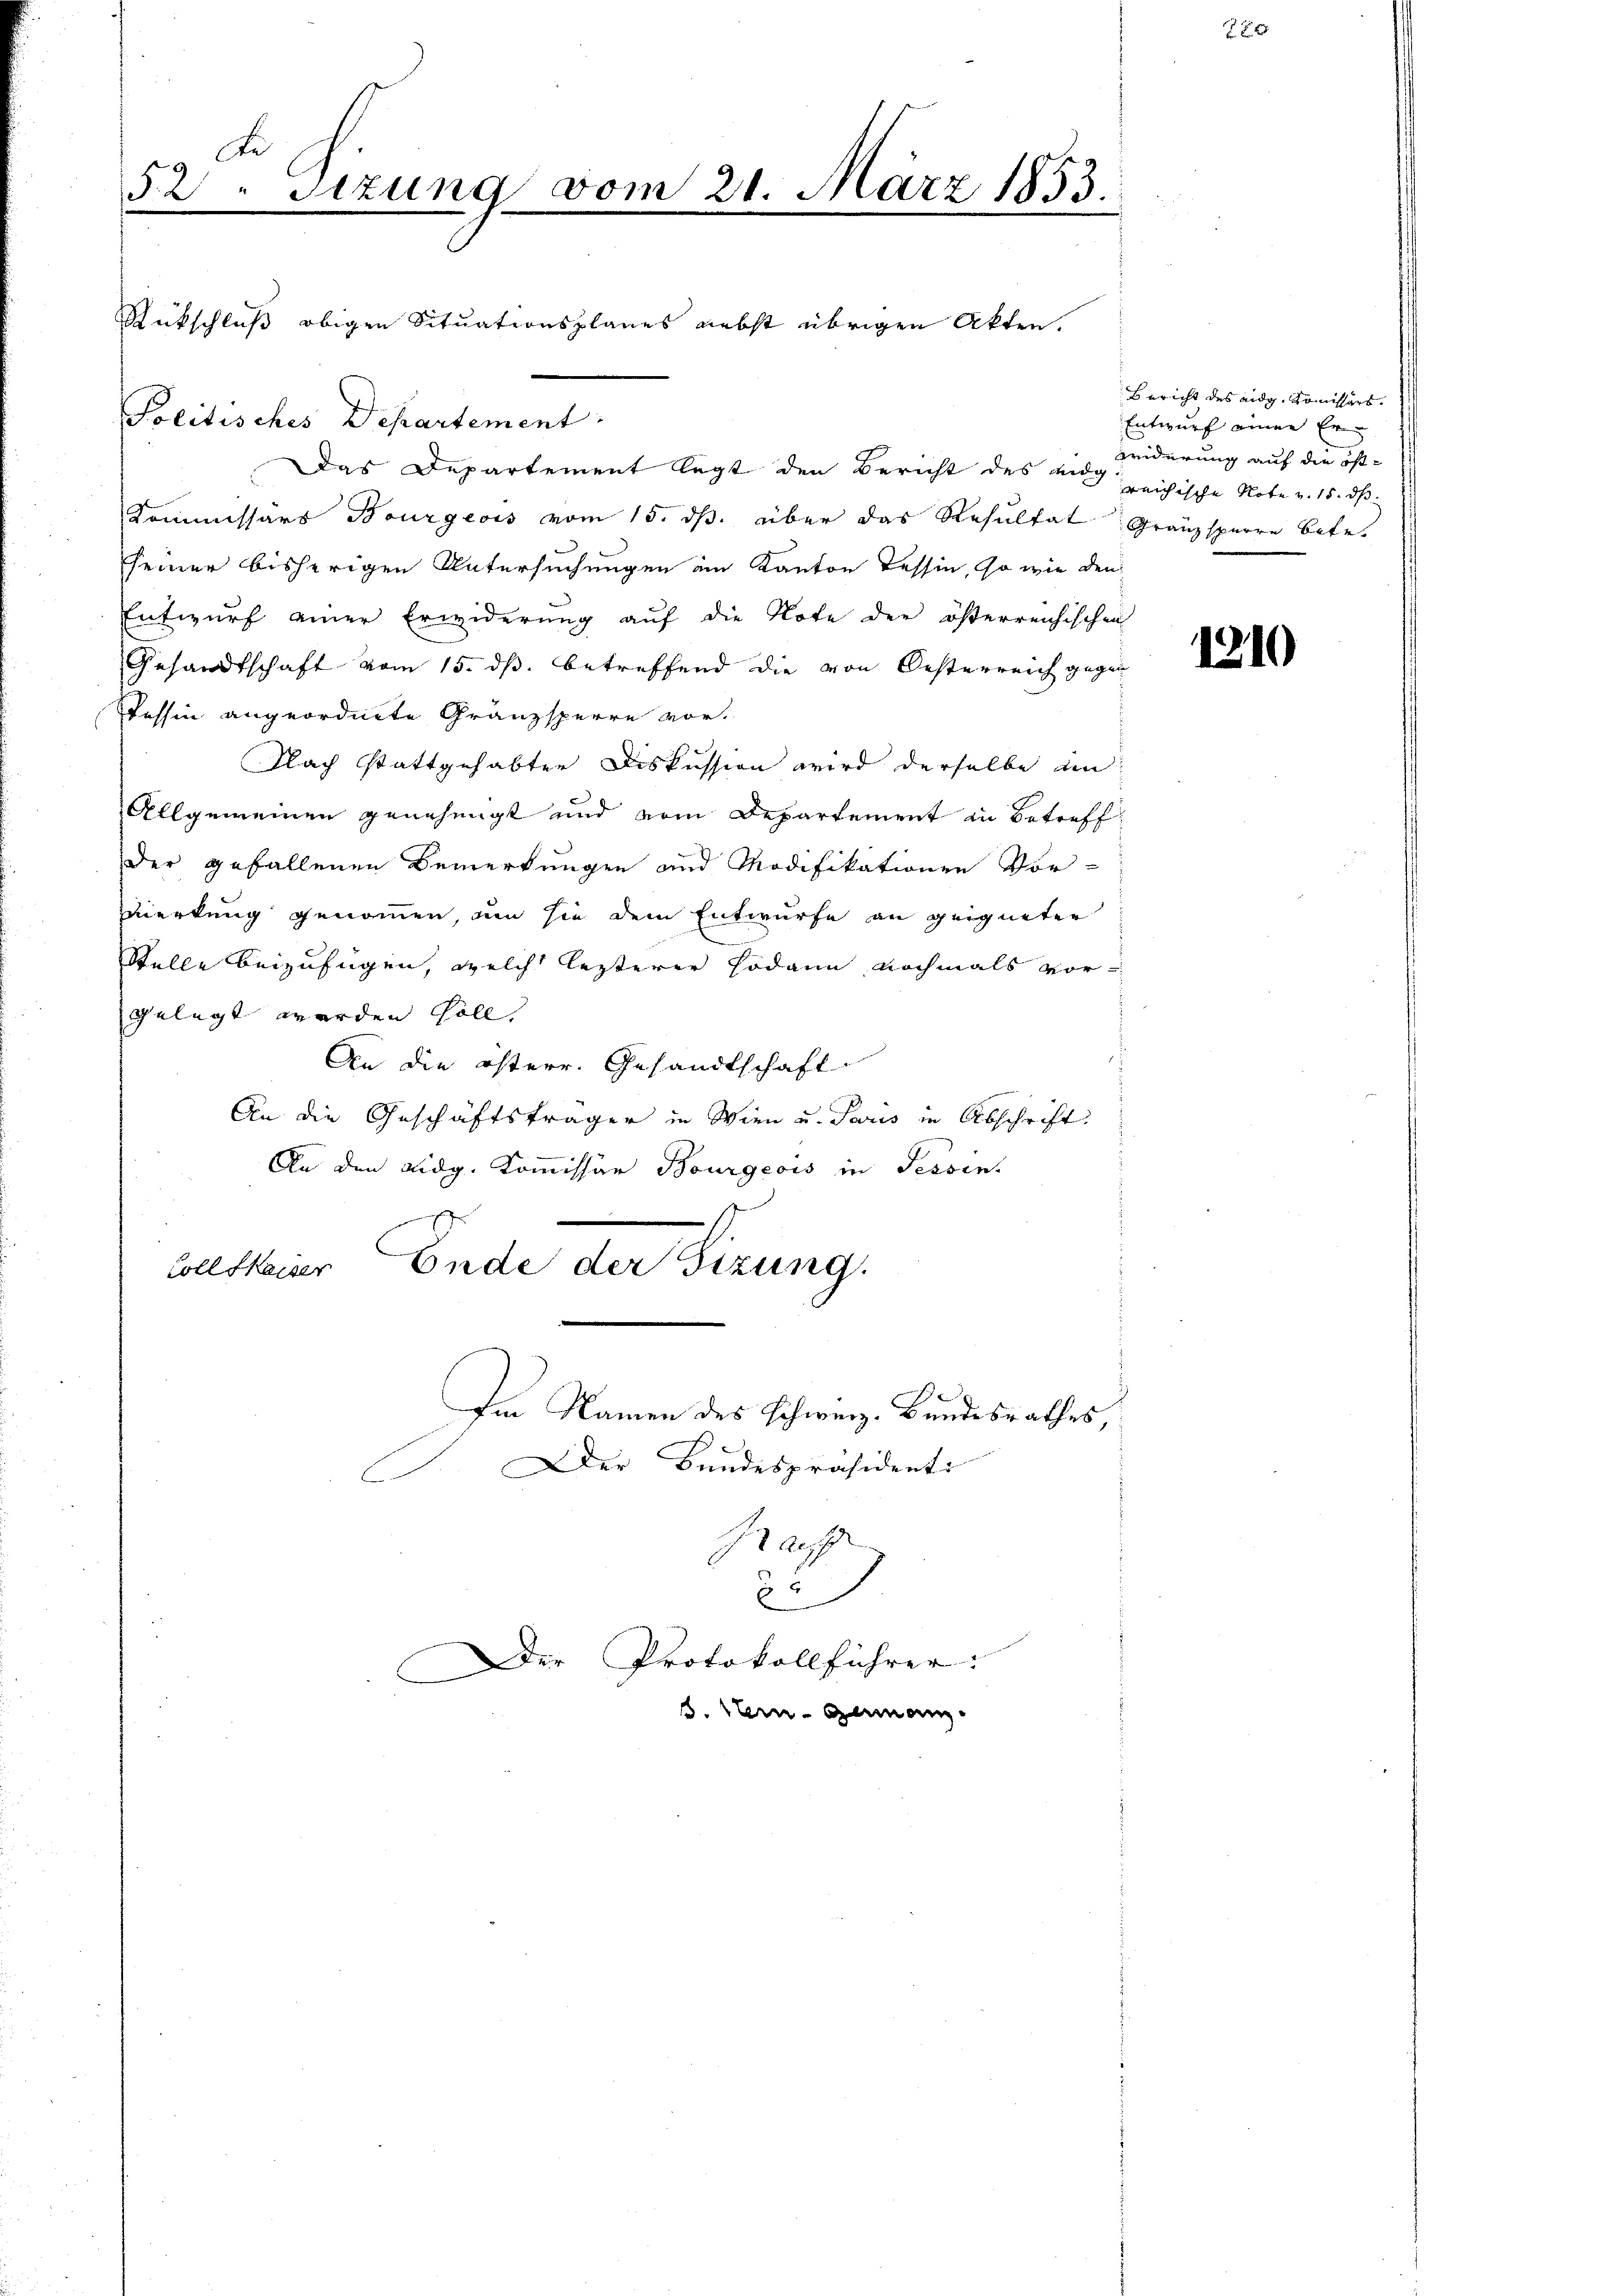
Kommissars Bourgeois vom 15. ds. über das Resultat Granzsperre betr.
seiner bisherigen Untersuchungen im Kanton Tessin, so wie den
Entwurf einer Erwiderung auf die Note der österreichischen
Gesandtschaft vom 15. ds. betreffend die von Oesterreich gegen
Tessin angeordnete Gränzsperre vor.
Nach stattgehabter Diskussion wird derselbe an
Allgemeinen genehmigt und vom Departement in Betreff
der gefallenen Bemerkungen und Modifikationen Vor-
zierkung genommen, um sie dem Entwurfe an geigneten
Stelle beizufügen, welch lezterer sodann nochmals vor-
gelegt werden soll,
An die österr. Gesandtschaft
An die Geschäftsträger in Wien u. Tous in Abschrift
An den Lidg. Kommissär Bourgeois in Tessin.
belsteiner Ende der Fizung.
Im Namen des Schweiz. Bundesrathes,
C. Der Bundespräsident:

Di
52 " Sitzung vom 21. März 1853.
.
e
r
d

Politisches Departement

Rückschluß obigen Situationsplanes nebst übrigen Akten.

Der Protokollführer:
5. sein Gemanz

Das Departement legt den Bericht des Kugleichische Note v. 15. dß

I auff
E

Bericht des eidg. Kommissärs.
Entwurf einen Er
Kriderung auf die öst¬

1210